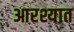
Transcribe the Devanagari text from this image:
आरश्यात